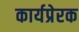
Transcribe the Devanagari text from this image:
कार्यप्रेरक